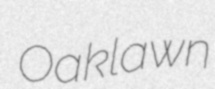
Oaklawn